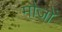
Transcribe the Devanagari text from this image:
मौजों